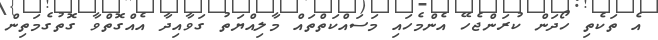
އެ ތަކެތި ހޯދަން ކުރަންޖެހޭ އެންމެހައި މަސައްކަތްތައް މާލިއްޔަތު ގަވާއިދާ އެއްގޮތްވާ ގޮތުގެމަތިން